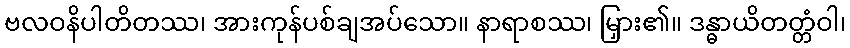
ဗလဝနိပါတိတဿ၊ အားကုန်ပစ်ချအပ်သော။ နာရာစဿ၊ မြှား၏။ ဒန္ဓာယိတတ္တံဝါ၊